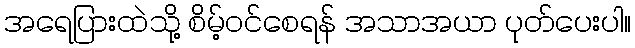
အရေပြားထဲသို့ စိမ့်ဝင်စေရန် အသာအယာ ပုတ်ပေးပါ။